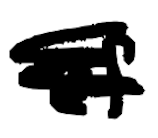
Text: of
Cross-out: scratch
Writing tool: digital_black